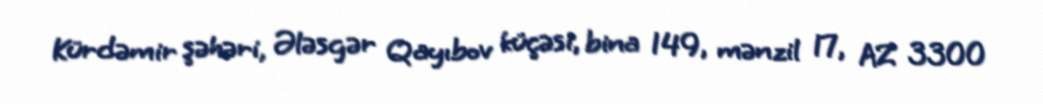
Kürdəmir şəhəri, Ələsgər Qayıbov küçəsi, bina 149, mənzil 17, AZ 3300